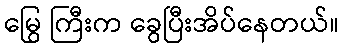
မြွေ ကြီးက ခွေပြီးအိပ်နေတယ်။